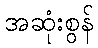
အဆုံးစွန်